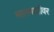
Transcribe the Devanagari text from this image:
मालगाडीवर